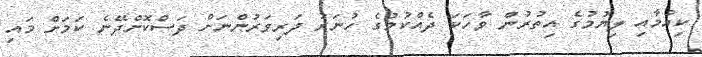
ކިއުމާއި ލިޔުމުގެ އިތުރުން ވާހަކަ ދެއްކުމުގެ ހުނަރު ދަރިވަރުންނަށް ދަސްކޮށްދޭނެ ކަމަށް މައި